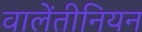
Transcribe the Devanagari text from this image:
वालेंतीनियन